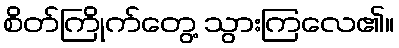
စိတ်ကြိုက်တွေ့ သွားကြလေ၏။